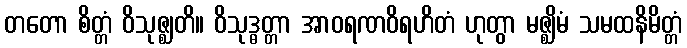
တတော စိတ္တံ ဝိသုဇ္ဈတိ။ ဝိသုဒ္ဓတ္တာ အာဝရဏဝိရဟိတံ ဟုတွာ မဇ္ဈိမံ သမထနိမိတ္တံ